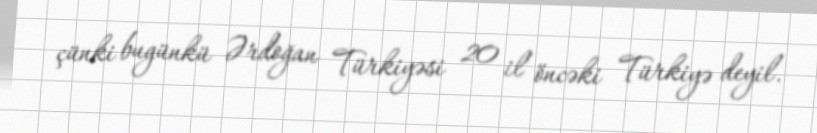
çünki bugünkü Ərdoğan Türkiyəsi 20 il öncəki Türkiyə deyil.